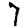
Digit: 7